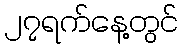
၂၇ရက်နေ့တွင်